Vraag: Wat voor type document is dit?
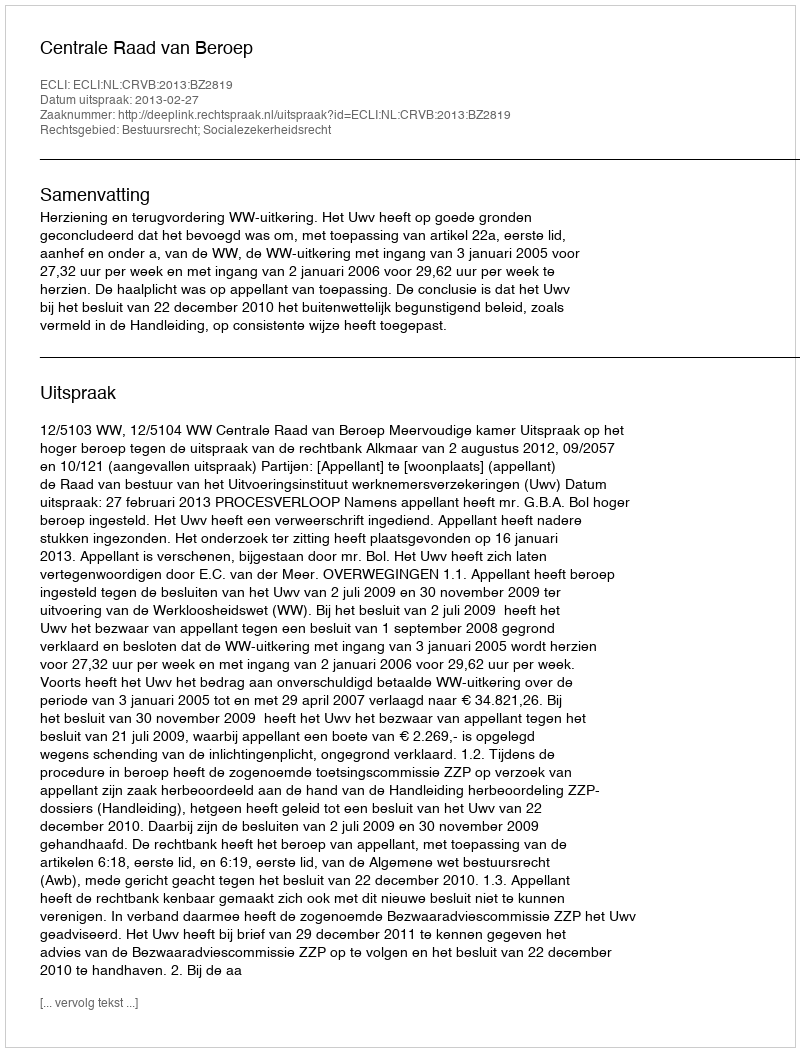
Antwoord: Uitspraak